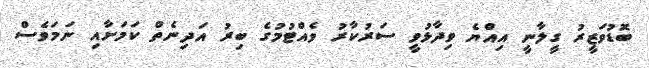
ބޮޑުވަޒީރު ގީލާނީ އިއްޔެ ވިދާޅުވީ ސަރުކާރު ވެއްޓުމުގެ ބިރު އަދިނެތް ކަމަށާއި ނަމަވެސް